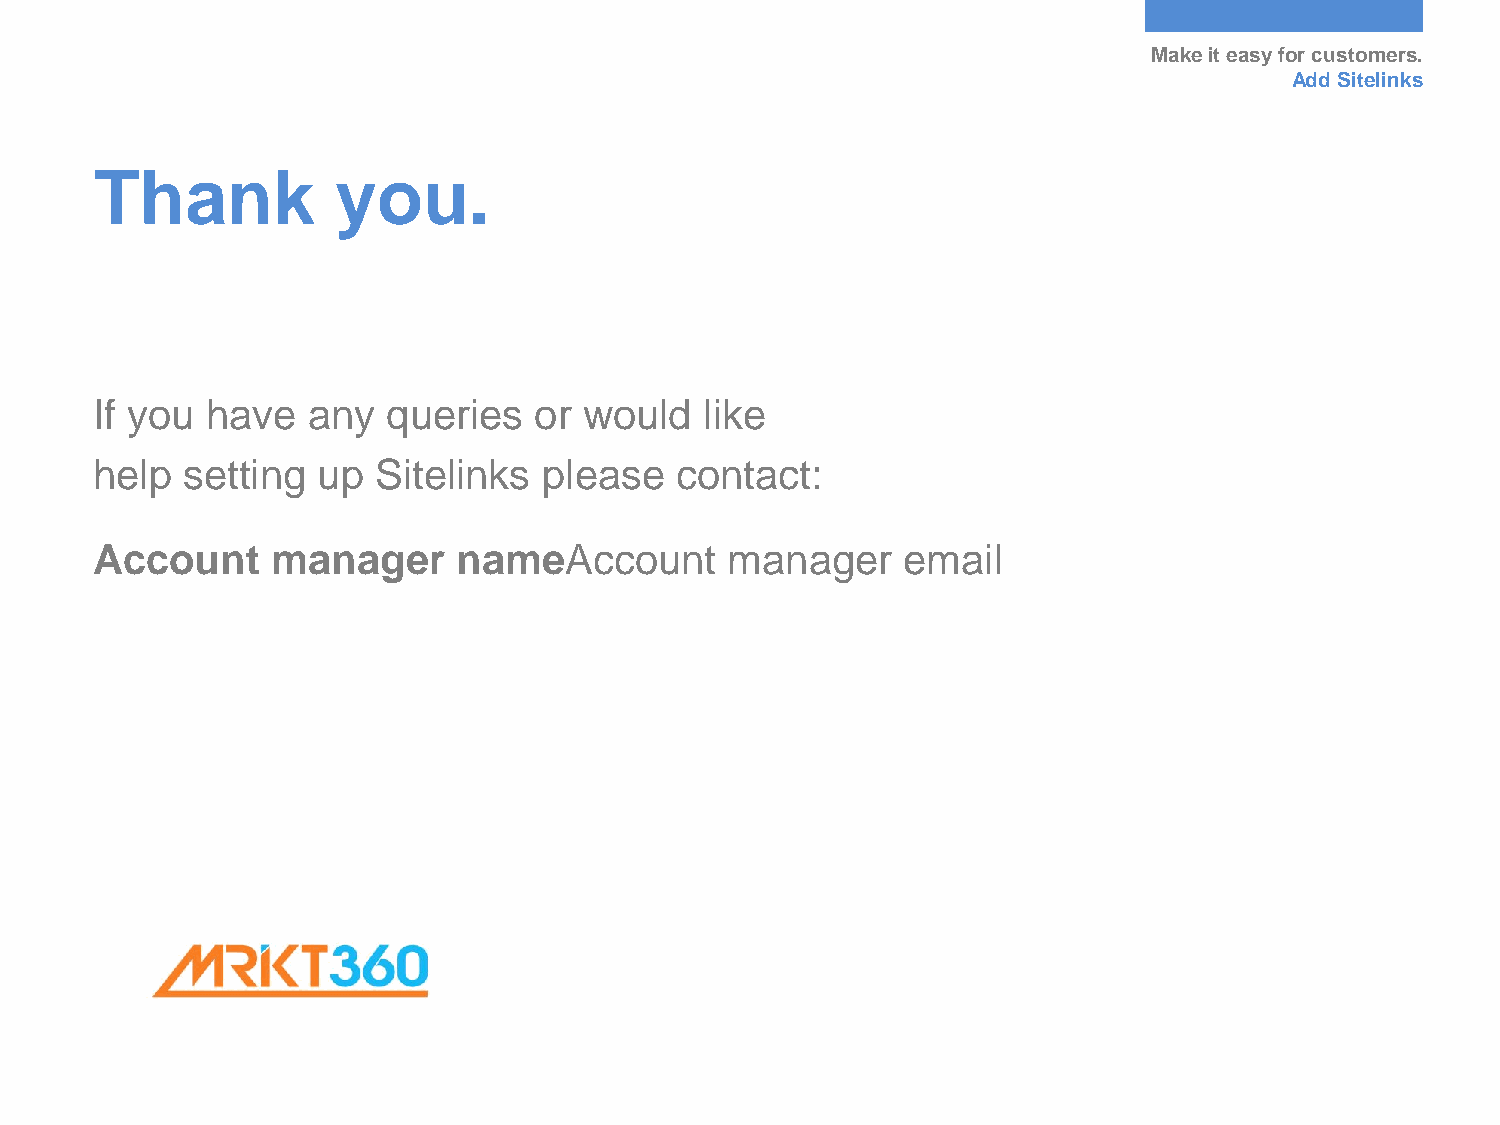
Make it easy for customers.
 Add Sitelinks
 Thank           you.
 If you  have  any   queries  or  would   like
 help  setting  up  Sitelinks  please   contact:
 Account     manager     nameAccount       manager     email